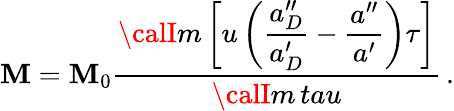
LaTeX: \mathbf{M}=\mathbf{M}_{0}\frac{{\displaystyle{\calI}m\left[u\left(\frac{{a_{D}^{\prime\prime}}}{{a_{D}^{\prime}}}-\frac{{a^{\prime\prime}}}{{a^{\prime}}}\right)\tau\right]}}{{\displaystyle{\calI}m\, tau}}\, .